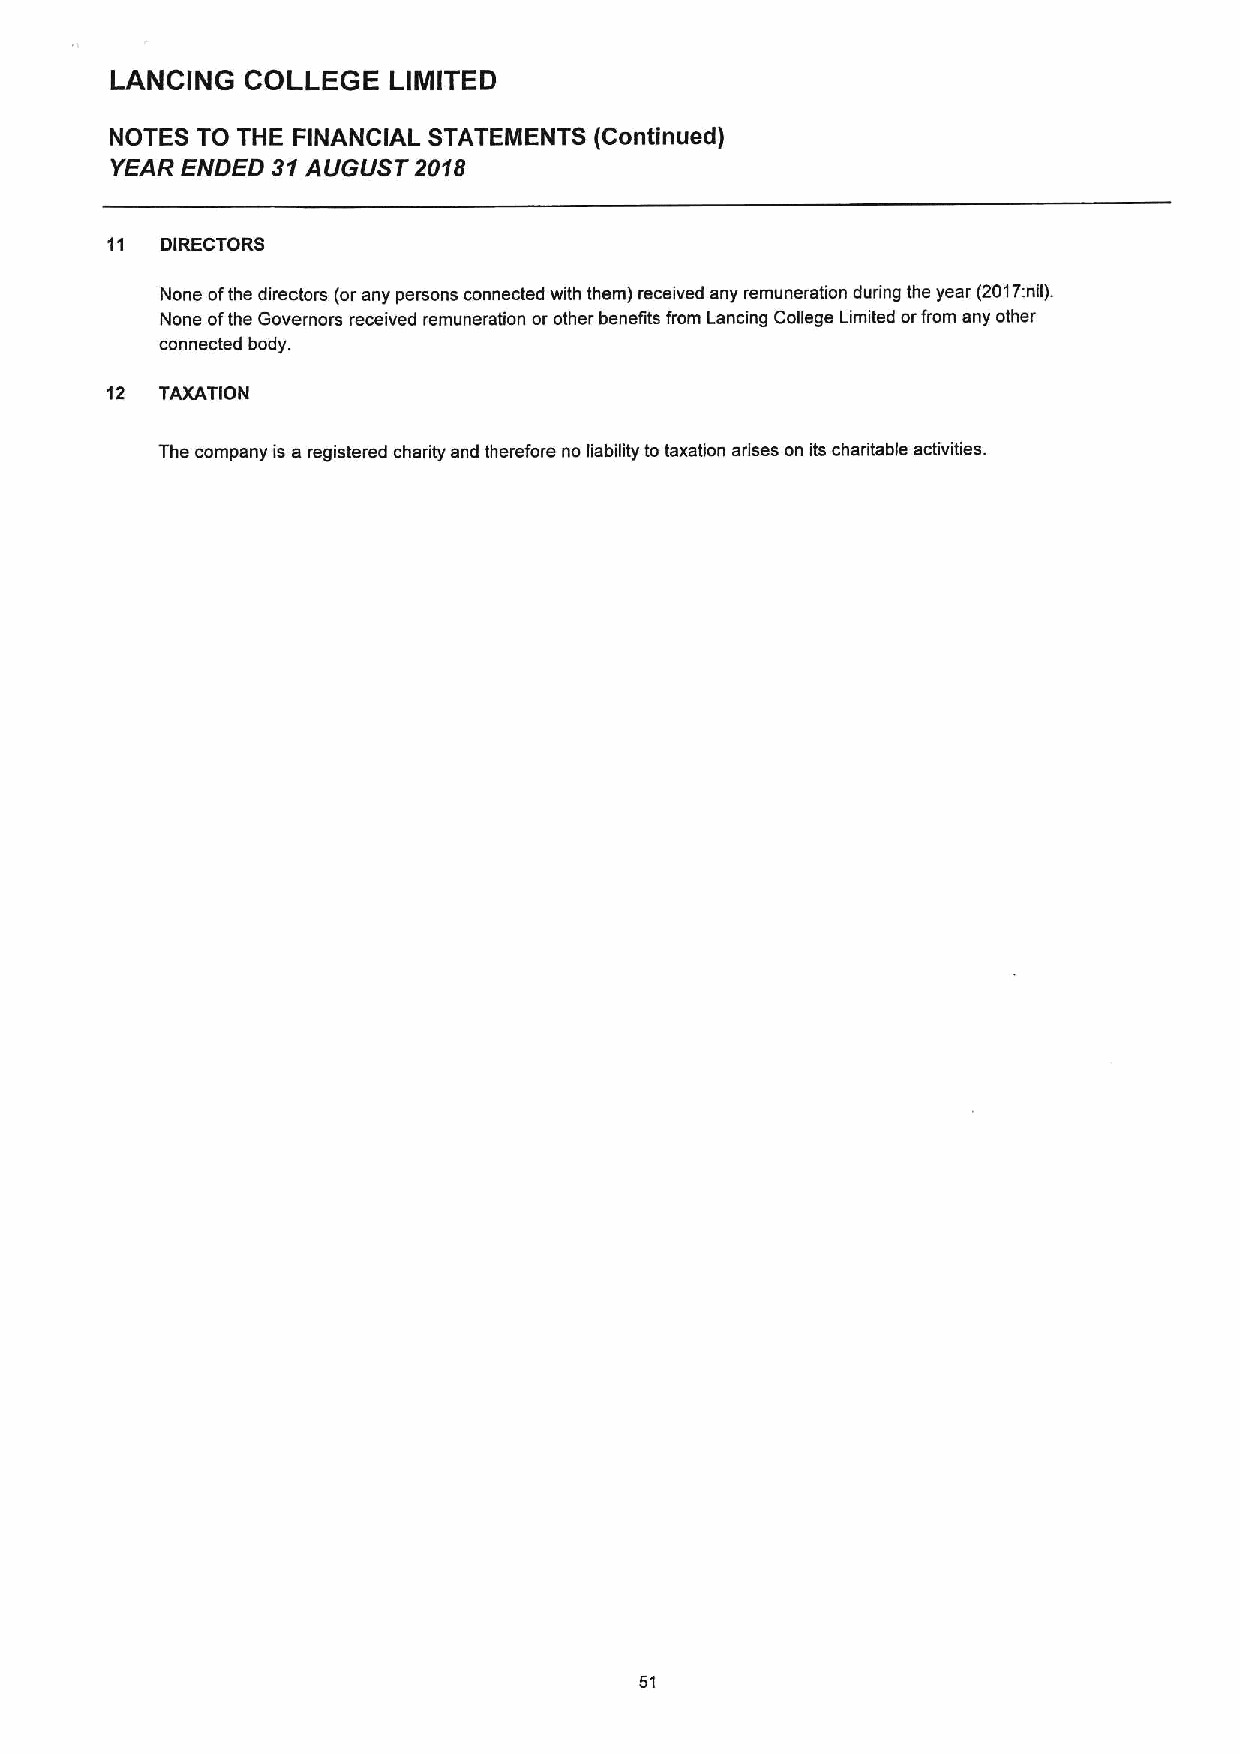
LANCING  COLLEGE   LIMITED
 NOTES TO THE FINANCIAL STATEMENTS (Contintied)
 YEAR ENDED 31AUGUST 2018
 11  DIRECTORS
 None ofthe directors (orany persons connected with them) received any remuneration during the year (2017:nil).
 None ofthe Governors received remuneration or other bene6ts from Lancing College Limited orfrom any other
 connected body.
 12  TAXATION
 The company is a registered charity and therefore no liability to taxation arises on its charitable activities.
 51